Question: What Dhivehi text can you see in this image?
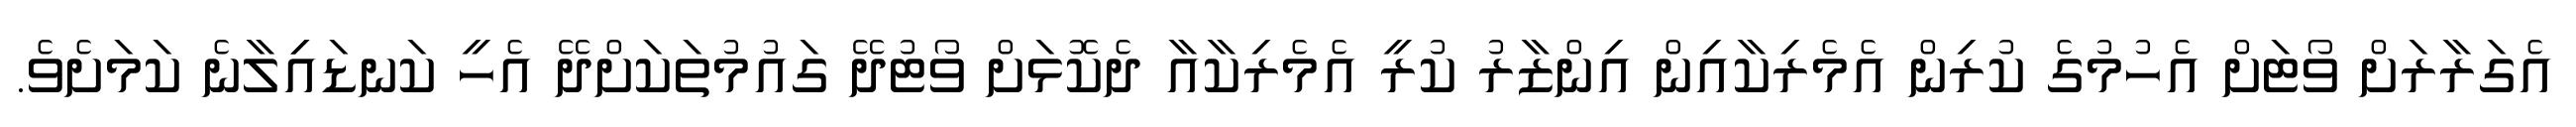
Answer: އެގަރާރަށް ވޯޓަށް އެހުމުގެ ކުރިން އެމެރިކާއިން އިންޒާރު ކުރީ އެމެރިކާއާ ދެކޮޅަށް ވޯޓުދޭ ގައުމުތަކަށްދޭ އެހީ ކަނޑައިިލާނެ ކަމަށެވެ.